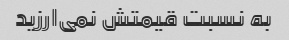
به نسبت قیمتش نمی‌ارزید